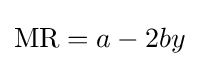
{\text{MR}}=a-2by